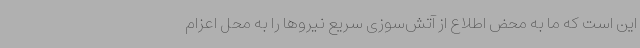
این است که ما به محض اطلاع از آتش‌سوزی سریع نیروها را به محل اعزام